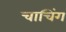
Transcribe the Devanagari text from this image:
चाचिंग